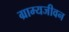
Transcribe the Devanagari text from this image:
ग्राम्यजीवन